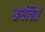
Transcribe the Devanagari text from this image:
अर्धचित्रों